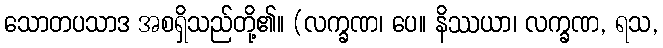
သောတပသာဒ အစရှိသည်တို့၏။ (လက္ခဏ၊ ပေ။ နိဿယာ၊ လက္ခဏ, ရသ,